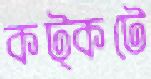
কট্‌কটে